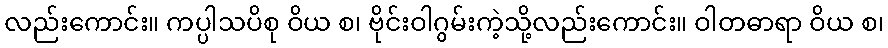
လည်းကောင်း။ ကပ္ပါသပိစု ဝိယ စ၊ ဗိုင်းဝါဂွမ်းကဲ့သို့လည်းကောင်း။ ဝါတဓာရာ ဝိယ စ၊